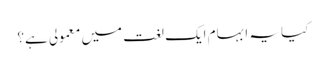
کیا یہ ابہام ایک لغت میں معمولی ہے؟